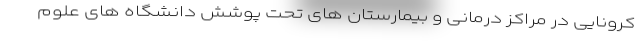
کرونایی در مراکز درمانی و بیمارستان های تحت پوشش دانشگاه های علوم